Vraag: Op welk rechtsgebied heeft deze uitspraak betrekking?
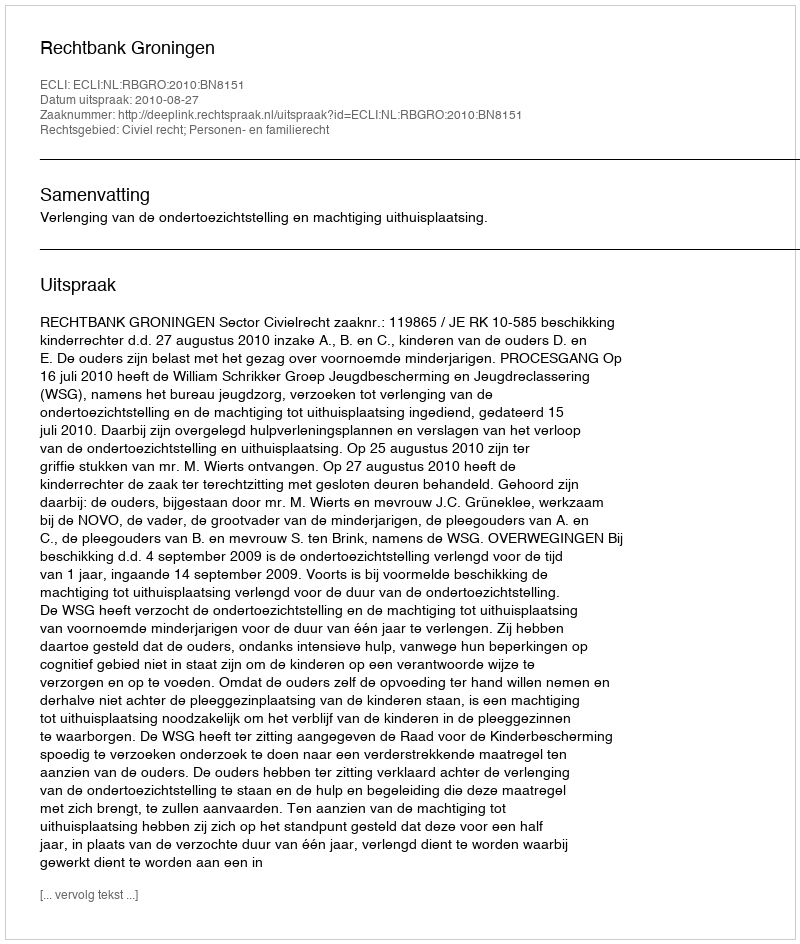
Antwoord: Civiel recht; Personen- en familierecht